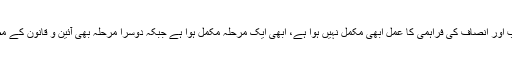
انہوں نے کہا کہ احتساب اور انصاف کی فراہمی کا عمل ابھی مکمل نہیں ہوا ہے، ابھی ایک مرحلہ مکمل ہوا ہے جبکہ دوسرا مرحلہ بھی آئین و قانون کے مطابق مکمل ہونا چاہئے۔